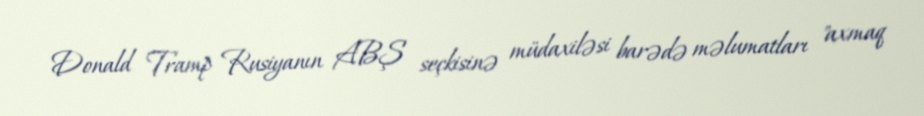
Donald Tramp Rusiyanın ABŞ seçkisinə müdaxiləsi barədə məlumatları "axmaq